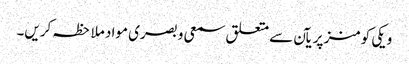
ویکی کومنز پر یآن سے متعلق سمعی و بصری مواد ملاحظہ کریں۔